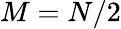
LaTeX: M=N/2